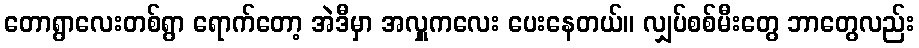
တောရွာလေးတစ်ရွာ ရောက်တော့ အဲဒီမှာ အလှူကလေး ပေးနေတယ်။ လျှပ်စစ်မီးတွေ ဘာတွေလည်း